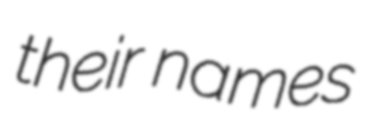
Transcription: their names